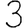
Digit: 3